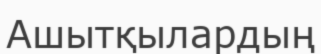
Ашытқылардың